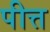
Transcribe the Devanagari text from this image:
पीत्त